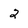
Character: 2